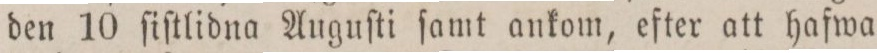
den 10 ſiſtlidna Auguſti ſamt ankom, efter att hafwa